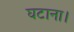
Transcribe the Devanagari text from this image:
घटाना।